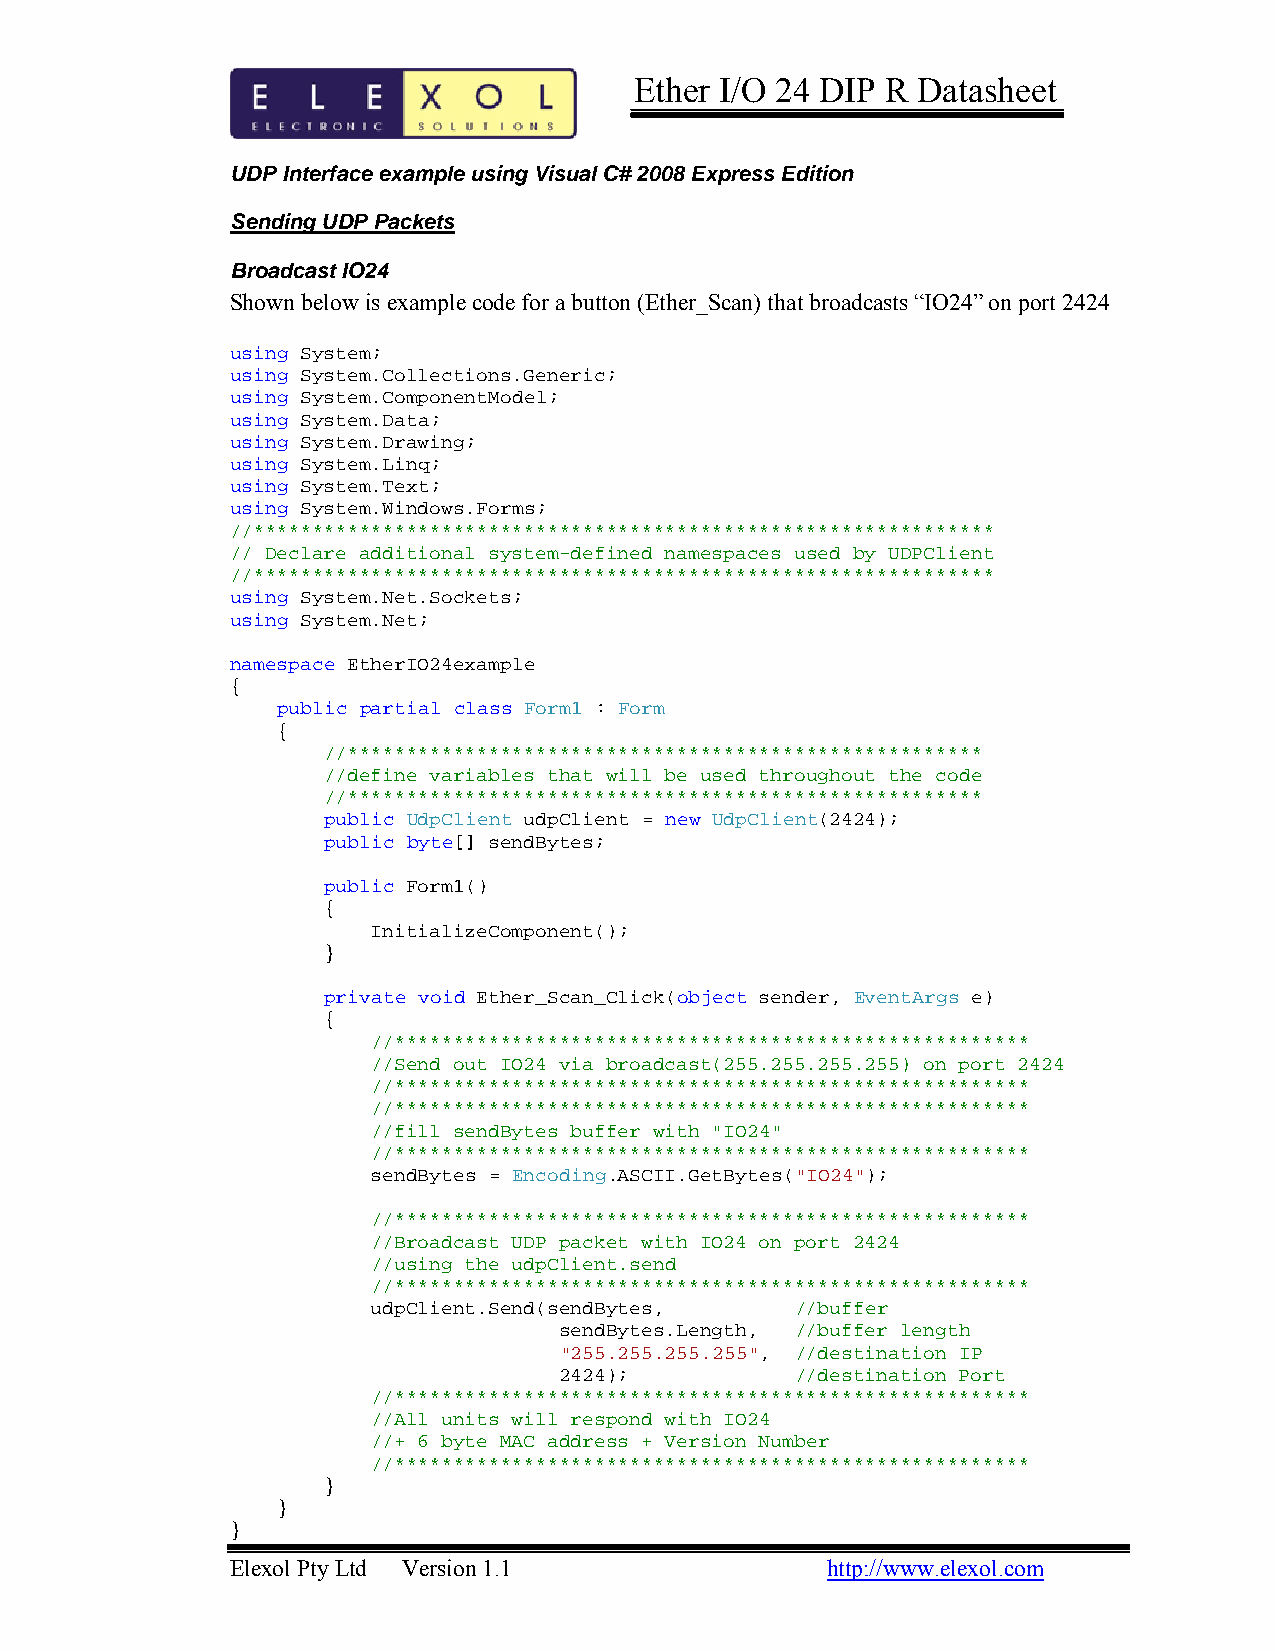
Ether I/O 24 DIP R Datasheet
 UDP Interface example using Visual C# 2008 Express Edition
 Sending UDP Packets
 Broadcast IO24
 Shown below is example code for a button (Ether_Scan) that broadcasts “IO24” on port 2424
 using System;
 using System.Collections.Generic;
 using System.ComponentModel;
 using System.Data;
 using System.Drawing;
 using System.Linq;
 using System.Text;
 using System.Windows.Forms;
 //***************************************************************
 // Declare additional system-defined namespaces used by UDPClient
 //***************************************************************
 using System.Net.Sockets;
 using System.Net;
 namespace EtherIO24example
 {
 public partial class Form1 : Form
 {
 //******************************************************
 //define variables that will be used throughout the code
 //******************************************************
 public UdpClient udpClient = new UdpClient(2424);
 public byte[] sendBytes;
 public Form1()
 {
 InitializeComponent();
 }
 private void Ether_Scan_Click(object sender, EventArgs e)
 {
 //******************************************************
 //Send out IO24 via broadcast(255.255.255.255) on port 2424
 //******************************************************
 //******************************************************
 //fill sendBytes buffer with "IO24"
 //******************************************************
 sendBytes = Encoding.ASCII.GetBytes("IO24");
 //******************************************************
 //Broadcast UDP packet with IO24 on port 2424
 //using the udpClient.send
 //******************************************************
 udpClient.Send(sendBytes,   //buffer
 sendBytes.Length, //buffer length
 "255.255.255.255", //destination IP
 2424);          //destination Port
 //******************************************************
 //All units will respond with IO24
 //+ 6 byte MAC address + Version Number
 //******************************************************
 }
 }
 }
 Elexol Pty Ltd Version 1.1              http://www.elexol.com